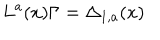
LaTeX: L ^ { a } ( x ) \Gamma = \Delta _ { 1 , a } ( x )